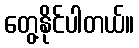
တွေ့နိုင်ပါတယ်။